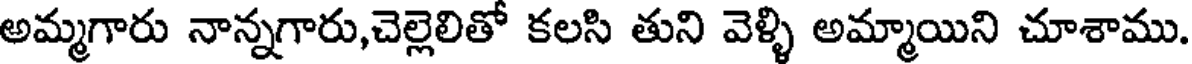
అమ్మగారు నాన్నగారు,చెల్లెలితో కలసి తుని వెళ్ళి అమ్మాయిని చూశాము.